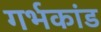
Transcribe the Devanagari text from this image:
गर्भकांड